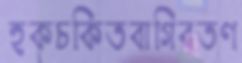
হকচকিতবাগিবতণ